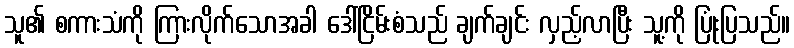
သူ၏ စကားသံကို ကြားလိုက်သောအခါ ဒေါ်ငြိမ်းစံသည် ချက်ချင်း လှည့်လာပြီး သူ့ကို ပြုံးပြသည်။